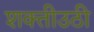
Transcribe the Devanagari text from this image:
शक्तीउठी